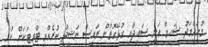
މުހައްމަދު ޝަހީމް ޢަލީ ސައީދާއި ގުޅޭގޮތުން ރައީސް ނަޝީދު ކުރެއްވި ޓްވިޓަކަށް ކުރި